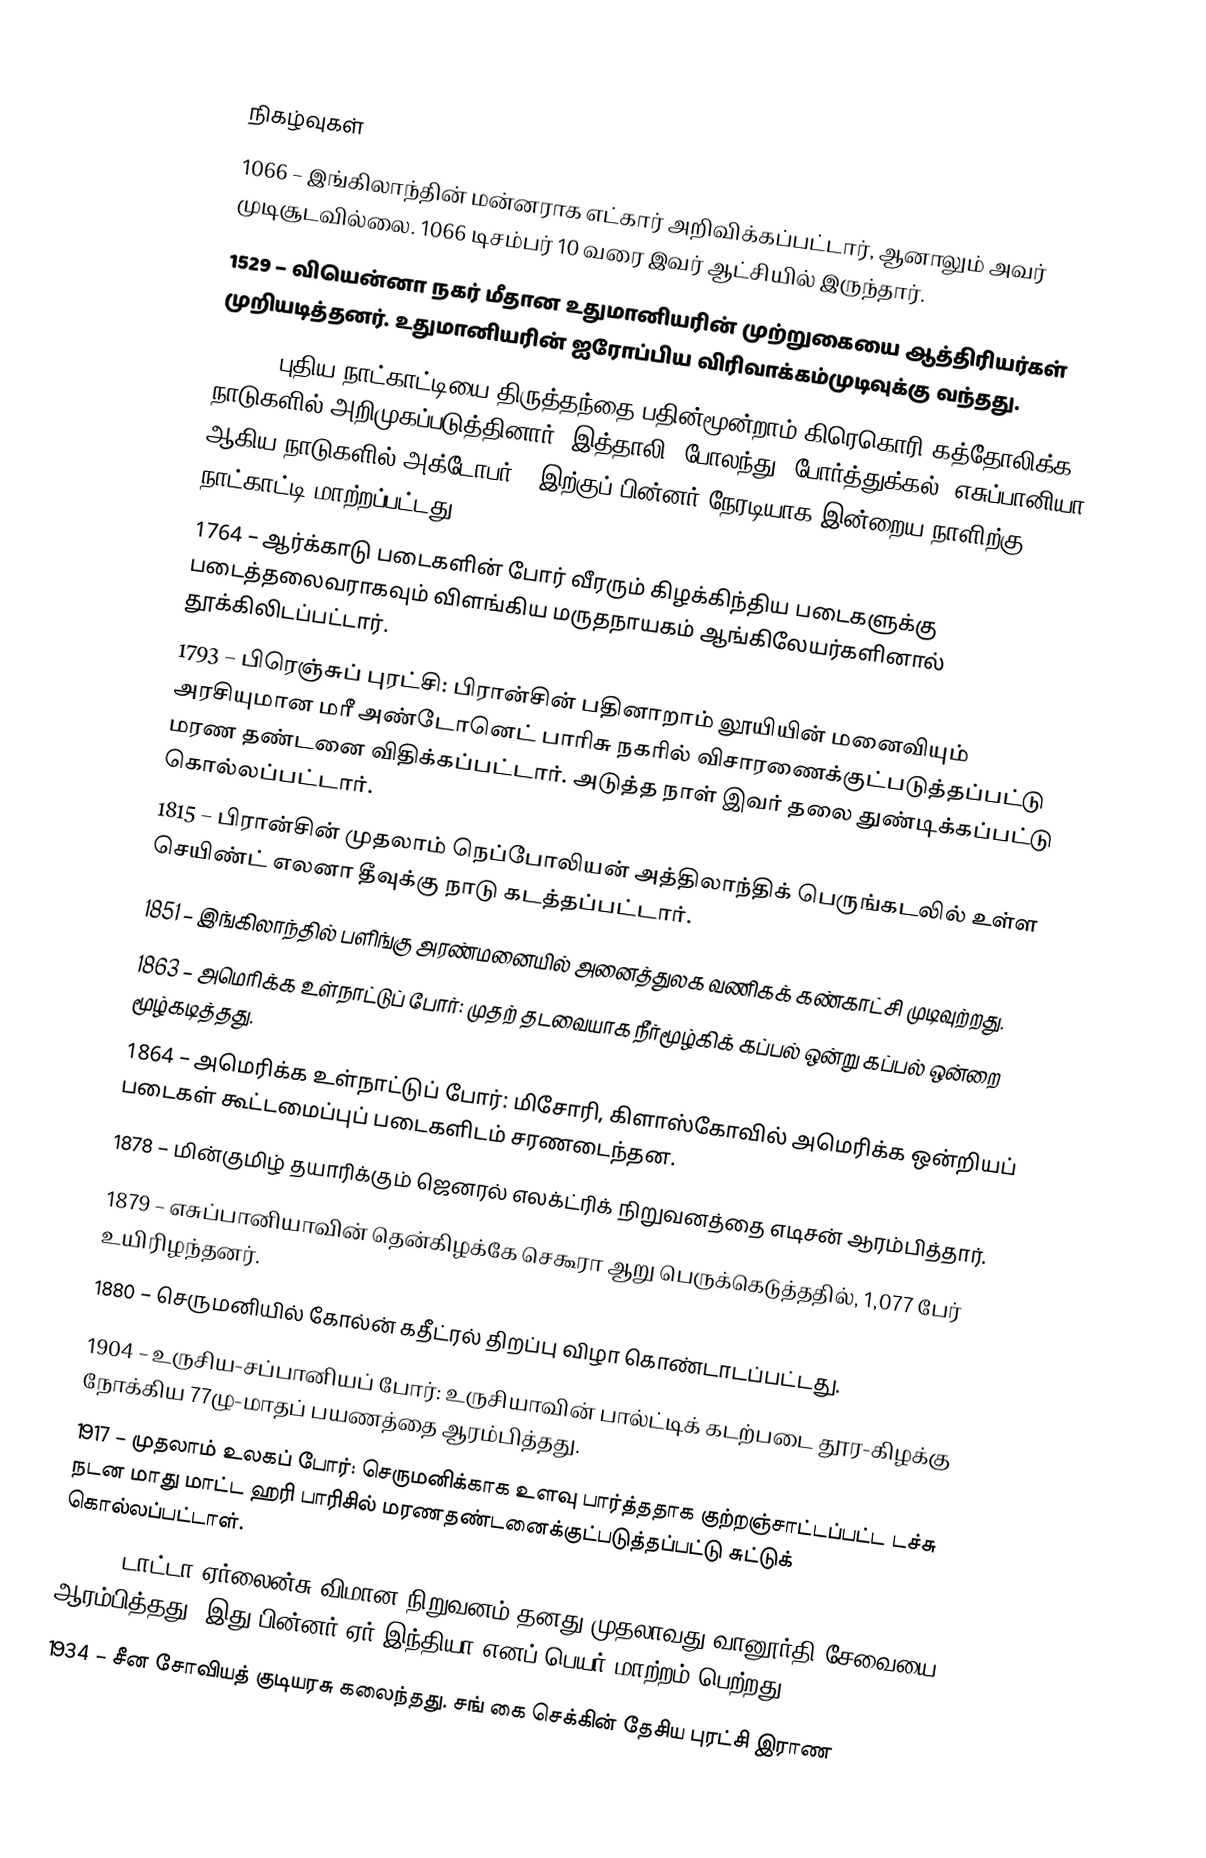

நிகழ்வுகள்
1066 – இங்கிலாந்தின் மன்னராக எட்கார் அறிவிக்கப்பட்டார், ஆனாலும் அவர் முடிசூடவில்லை. 1066 டிசம்பர் 10 வரை இவர் ஆட்சியில் இருந்தார்.
1529 – வியென்னா நகர் மீதான உதுமானியரின் முற்றுகையை ஆத்திரியர்கள் முறியடித்தனர். உதுமானியரின் ஐரோப்பிய விரிவாக்கம்முடிவுக்கு வந்தது.
1582 – புதிய நாட்காட்டியை திருத்தந்தை பதின்மூன்றாம் கிரெகொரி கத்தோலிக்க நாடுகளில் அறிமுகப்படுத்தினார். இத்தாலி, போலந்து, போர்த்துக்கல், எசுப்பானியா ஆகிய நாடுகளில் அக்டோபர் 4 இற்குப் பின்னர் நேரடியாக இன்றைய நாளிற்கு நாட்காட்டி மாற்றப்பட்டது.
1764 – ஆர்க்காடு படைகளின் போர் வீரரும் கிழக்கிந்திய படைகளுக்கு படைத்தலைவராகவும் விளங்கிய மருதநாயகம் ஆங்கிலேயர்களினால் தூக்கிலிடப்பட்டார்.
1793 – பிரெஞ்சுப் புரட்சி: பிரான்சின் பதினாறாம் லூயியின் மனைவியும் அரசியுமான மரீ அண்டோனெட் பாரிசு நகரில் விசாரணைக்குட்படுத்தப்பட்டு மரண தண்டனை விதிக்கப்பட்டார். அடுத்த நாள் இவர் தலை துண்டிக்கப்பட்டு கொல்லப்பட்டார்.
1815 – பிரான்சின் முதலாம் நெப்போலியன் அத்திலாந்திக் பெருங்கடலில் உள்ள செயிண்ட் எலனா தீவுக்கு நாடு கடத்தப்பட்டார்.
1851 – இங்கிலாந்தில் பளிங்கு அரண்மனையில் அனைத்துலக வணிகக் கண்காட்சி முடிவுற்றது.
1863 – அமெரிக்க உள்நாட்டுப் போர்: முதற் தடவையாக நீர்மூழ்கிக் கப்பல் ஒன்று கப்பல் ஒன்றை மூழ்கடித்தது.
1864 – அமெரிக்க உள்நாட்டுப் போர்: மிசோரி, கிளாஸ்கோவில் அமெரிக்க ஒன்றியப் படைகள் கூட்டமைப்புப் படைகளிடம் சரணடைந்தன.
1878 – மின்குமிழ் தயாரிக்கும் ஜெனரல் எலக்ட்ரிக் நிறுவனத்தை எடிசன் ஆரம்பித்தார்.
1879 – எசுப்பானியாவின் தென்கிழக்கே செகூரா ஆறு பெருக்கெடுத்ததில், 1,077 பேர் உயிரிழந்தனர்.
1880 – செருமனியில் கோல்ன் கதீட்ரல் திறப்பு விழா கொண்டாடப்பட்டது.
1904 – உருசிய-சப்பானியப் போர்: உருசியாவின் பால்ட்டிக் கடற்படை தூர-கிழக்கு நோக்கிய 77ழு-மாதப் பயணத்தை ஆரம்பித்தது.
1917 – முதலாம் உலகப் போர்: செருமனிக்காக உளவு பார்த்ததாக குற்றஞ்சாட்டப்பட்ட டச்சு நடன மாது மாட்ட ஹரி பாரிசில் மரணதண்டனைக்குட்படுத்தப்பட்டு சுட்டுக் கொல்லப்பட்டாள்.
1932 – டாட்டா ஏர்லைன்சு விமான நிறுவனம் தனது முதலாவது வானூர்தி சேவையை ஆரம்பித்தது. இது பின்னர் ஏர் இந்தியா எனப் பெயர் மாற்றம் பெற்றது.
1934 – சீன சோவியத் குடியரசு கலைந்தது. சங் கை செக்கின் தேசிய புரட்சி இராண